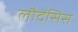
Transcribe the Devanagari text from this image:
लौदेंसिस